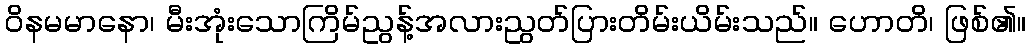
ဝိနမမာနော၊ မီးအုံးသောကြိမ်ညွန့်အလားညွတ်ပြားတိမ်းယိမ်းသည်။ ဟောတိ၊ ဖြစ်၏။